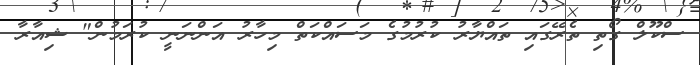
ސްކޫލް ގޯތި ތެރޭގައި ތައްޔާރު ކުރުމުގެ މަސައްކަތް މިހާރު އަންނަނީ ކުރަމުން" ޝިއާރާ